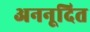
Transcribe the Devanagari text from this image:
अननूदित